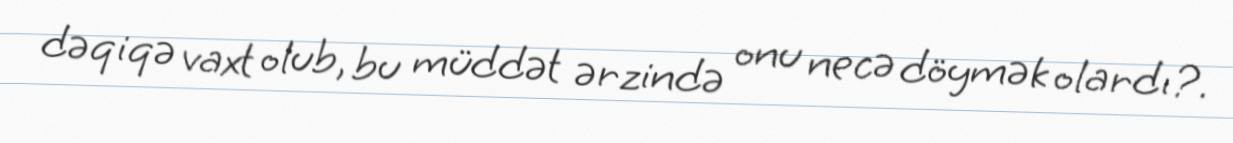
dəqiqə vaxt olub, bu müddət ərzində onu necə döymək olardı?.